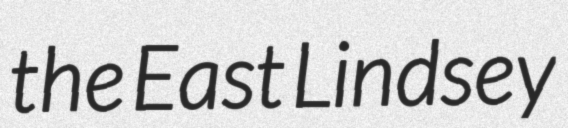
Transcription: the East Lindsey